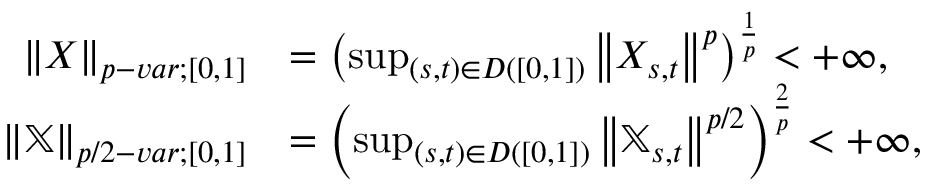
\begin{array} { r l } { { \left\lVert { X } \right\rVert } _ { p - v a r ; [ 0 , 1 ] } } & { = \left( \operatorname* { s u p } _ { ( s , t ) \in D ( [ 0 , 1 ] ) } { \left\lVert { X _ { s , t } } \right\rVert } ^ { p } \right) ^ { \frac { 1 } { p } } < + \infty , } \\ { { \left\lVert { \mathbb { X } } \right\rVert } _ { p / 2 - v a r ; [ 0 , 1 ] } } & { = \left( \operatorname* { s u p } _ { ( s , t ) \in D ( [ 0 , 1 ] ) } { \left\lVert { \mathbb { X } _ { s , t } } \right\rVert } ^ { p / 2 } \right) ^ { \frac { 2 } { p } } < + \infty , } \end{array}